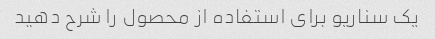
یک سناریو برای استفاده از محصول را شرح دهید